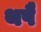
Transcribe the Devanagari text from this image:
थपै